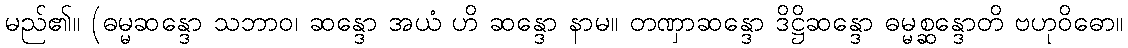
မည်၏။ (ဓမ္မဆန္ဒော သဘာဝ၊ ဆန္ဒော အယံ ဟိ ဆန္ဒော နာမ။ တဏှာဆန္ဒော ဒိဋ္ဌိဆန္ဒော ဓမ္မစ္ဆန္ဒောတိ ဗဟုဝိဓော။